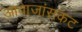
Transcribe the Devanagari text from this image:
आवाजांसकट